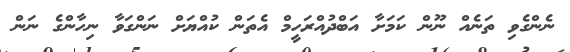
ނެންގެވި ތަނެއް ނޫން ކަމަށާ އަބްދުއްރަހީމް އެތަން ކުއްޔަށް ނަންގަވާ ނިހާންގެ ނަން